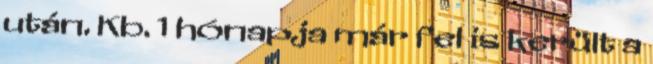
után. Kb. 1 hónapja már fel is került a